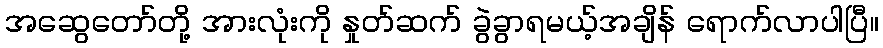
အဆွေတော်တို့ အားလုံးကို နှုတ်ဆက် ခွဲခွာရမယ့်အချိန် ရောက်လာပါပြီ။